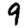
Digit: 9